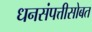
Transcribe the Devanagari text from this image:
धनसंपत्तीसोबत